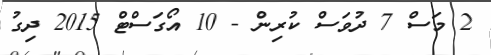
2 މަސް 7 ދުވަސް ކުރިން - 10 އޯގަސްޓް 2015 ދިގު